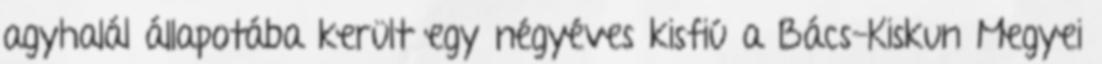
agyhalál állapotába került egy négyéves kisfiú a Bács-Kiskun Megyei